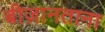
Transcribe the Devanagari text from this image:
बीज़ानताना